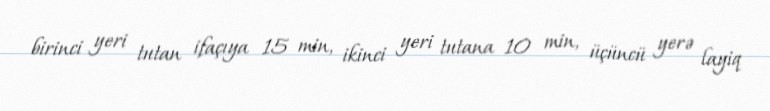
birinci yeri tutan ifaçıya 15 min, ikinci yeri tutana 10 min, üçüncü yerə layiq